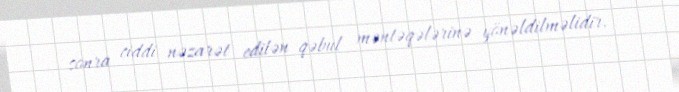
sonra ciddi nəzarət edilən qəbul məntəqələrinə yönəldilməlidir.